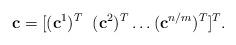
LaTeX: \begin{align*}\mathbf c = [(\mathbf c^1)^T \; \;(\mathbf c^2)^T \ldots (\mathbf c^{n/m})^T ]^T.\end{align*}